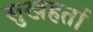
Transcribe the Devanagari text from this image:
सुखहर्ता